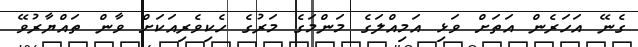
ގެނޭ އަހަރެން އަތަށް ވަޅި އަމިއްލަގެ މަންމަގެ މަރުގެ ހެކިވެރިއަކަށް ވާން ތައްޔާރުވޭ